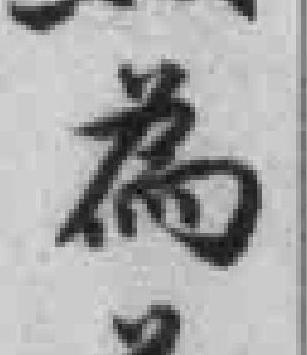
為